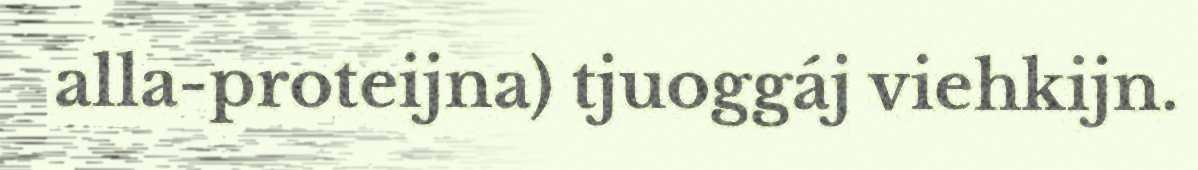
alla-proteijna) tjuoggáj viehkijn.